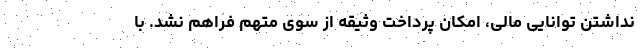
نداشتن توانایی مالی، امکان پرداخت وثیقه از سوی متهم فراهم نشد. با